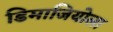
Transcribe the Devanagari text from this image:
डिमाजियोला